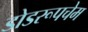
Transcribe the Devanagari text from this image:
डोडरूपचेम